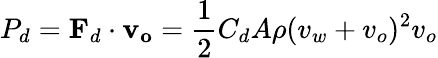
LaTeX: P_{d}=\mathbf{F}_{d}\cdot\mathbf{v_{o}}={\frac{1}{2}}C_{d}A\rho(v_{w}+v_{o})^{2}v_{o}